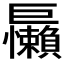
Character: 𱜝